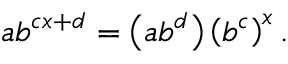
a b ^ { c x + d } = \left( a b ^ { d } \right) \left( b ^ { c } \right) ^ { x } .